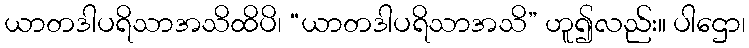
ယာတဒါပရိသာအသိထိပိ၊ “ယာတဒါပရိသာအသိ” ဟူ၍လည်း။ ပါဌော၊